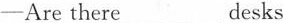
─Are there___desks